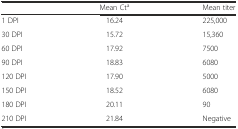
<table><thead><tr><td></td><td><b>Mean Ct<sup>a</sup></b></td><td><b>Mean titer</b></td></tr></thead><tbody><tr><td>1 DPI</td><td>16.24</td><td>225,000</td></tr><tr><td>30 DPI</td><td>15.72</td><td>15,360</td></tr><tr><td>60 DPI</td><td>17.92</td><td>7500</td></tr><tr><td>90 DPI</td><td>18.83</td><td>6080</td></tr><tr><td>120 DPI</td><td>17.90</td><td>5000</td></tr><tr><td>150 DPI</td><td>18.52</td><td>6080</td></tr><tr><td>180 DPI</td><td>20.11</td><td>90</td></tr><tr><td>210 DPI</td><td>21.84</td><td>Negative</td></tr></tbody></table>